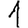
Digit: 1